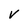
Character: v